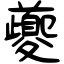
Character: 夔